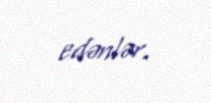
edənlər.